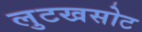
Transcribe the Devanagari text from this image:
लुटखसोट